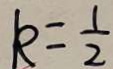
k = \frac { 1 } { 2 }